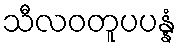
သီလဝတူပပန္နံ